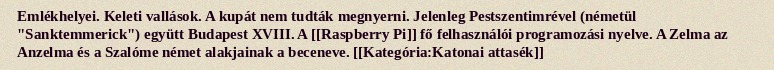
Emlékhelyei. Keleti vallások. A kupát nem tudták megnyerni. Jelenleg Pestszentimrével (németül "Sanktemmerick") együtt Budapest XVIII. A [[Raspberry Pi]] fő felhasználói programozási nyelve. A Zelma az Anzelma és a Szalóme német alakjainak a beceneve. [[Kategória:Katonai attasék]]